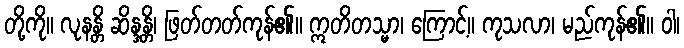
တို့ကို။ လုနန္တိ ဆိန္ဒန္တိ၊ ဖြတ်တတ်ကုန်၏။ ဣတိတသ္မာ၊ ကြောင့်။ ကုသလာ၊ မည်ကုန်၏။ ဝါ၊